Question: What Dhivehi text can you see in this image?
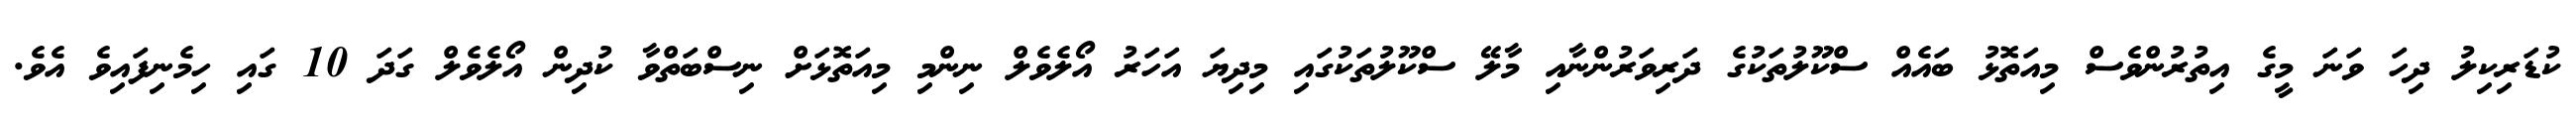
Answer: ކުޑަރިކިލު ދިހަ ވަނަ މީގެ އިތުރުންވެސް މިއަތޮޅު ބައެއް ސްކޫލުތަކުގެ ދަރިވަރުންނާއި މާލޭ ސްކޫލުތަކުގައި މިދިޔަ އަހަރު އޯލެވެލް ނިންމި މިއަތޮޅަށް ނިސްބަތްވާ ކުދިން އޯލެވެލް ގަދަ 10 ގައި ހިމެނިފައިވެ އެވެ.